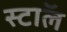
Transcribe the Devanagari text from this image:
स्टाॅल